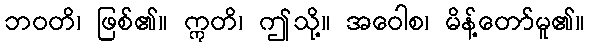
ဘဝတိ၊ ဖြစ်၏။ ဣတိ၊ ဤသို့။ အဝေါစ၊ မိန့်တော်မူ၏။